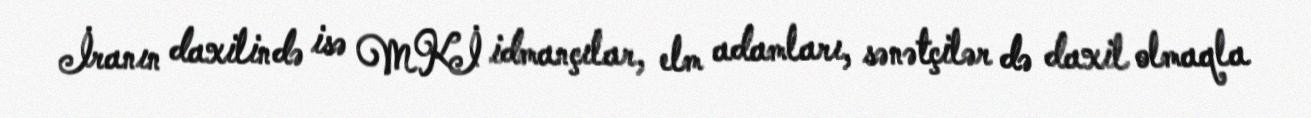
İranın daxilində isə MKİ idmançılar, elm adamları, sənətçilər də daxil olmaqla